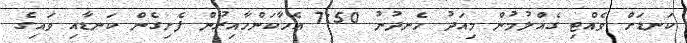
ކަނޑަށް ވެއްޓި ގެއްލުމުން މިއަދު ހެނދުނު 7:50 އެހާކަންހާއިރުން ފެށިގެން ކަނޑާއި ވައިގެ